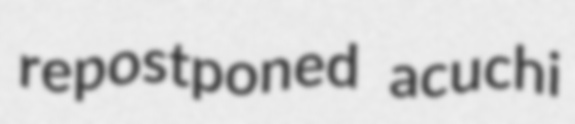
repostponed acuchi